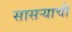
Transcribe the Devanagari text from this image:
सासऱ्याची